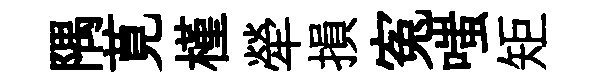
隅莧槿犖損寃嗤矩